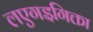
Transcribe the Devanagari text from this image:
लएगइगिक्ता